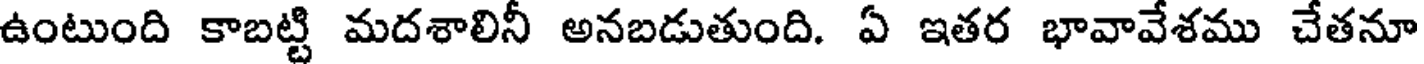
ఉంటుంది కాబట్టి మదశాలినీ అనబడుతుంది. ఏ ఇతర భావావేశము చేతనూ